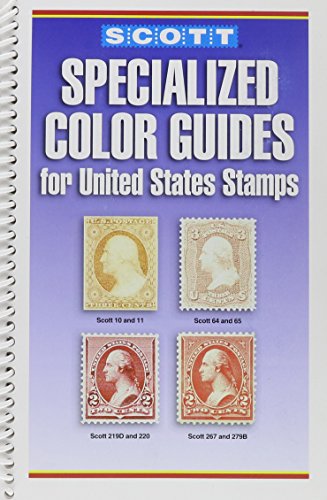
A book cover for Scott Specialized Color Guides for U.S. Stamps; Scott Catalogue Editorial Staff; Crafts, Hobbies & Home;